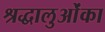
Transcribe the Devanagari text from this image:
श्रद्धालुओंका